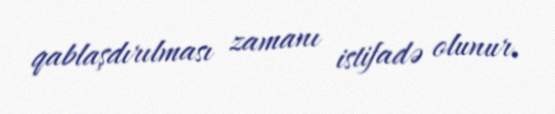
qablaşdırılması zamanı istifadə olunur.